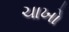
ચાખો